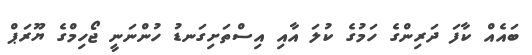
ބައެއް ކާފަ ދަރިންގެ ހަމުގެ ކުލަ އާއި އިސްތަށިގަނޑު ހުންނަނީ ޖޯހިމްގެ ޔޫރަޕް